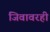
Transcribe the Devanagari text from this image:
जिवावरही